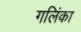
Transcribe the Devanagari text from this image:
गलिंका